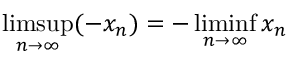
\operatorname* { l i m s u p } _ { n \to \infty } ( - x _ { n } ) = - \operatorname* { l i m i n f } _ { n \to \infty } x _ { n }